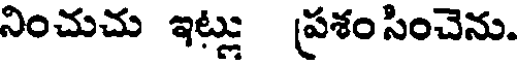
నించుచు ఇట్లు ప్రశంసించెను.